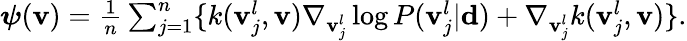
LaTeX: \begin{array}{r}{\boldsymbol{\psi}({\mathbf v})=\frac{1}{n}\sum_{j=1}^{n}\lbrace k({\mathbf v}_{j}^{l},{\mathbf v})\nabla_{{\mathbf v}_{j}^{l}}\log P({\mathbf v}_{j}^{l}|\mathbf{d})+\nabla_{{\mathbf v}_{j}^{l}}k({\mathbf v}_{j}^{l},{\mathbf v})\rbrace.}\end{array}